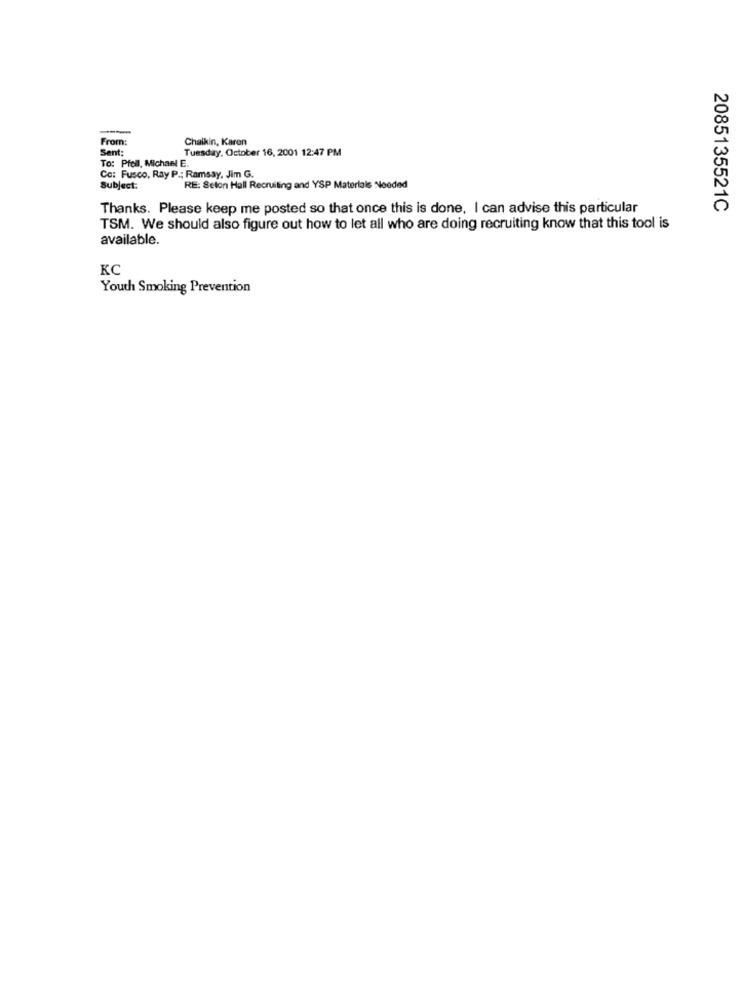
From:
Chaikin, Karen
Sent:
Tuesday, October 16, 2001 12:47 PM
To: Pfeil, Michael E.
Co: Fusco, Ray P .; Ramsay, Jim G.
subject:
RE: Seton Hall Recruiting and YSP Materials Needed
Thanks. Please keep me posted so that once this is done, I can advise this particular
2085135521C
TSM. We should also figure out how to let all who are doing recruiting know that this tool is
available.
KC
Youth Smoking Prevention